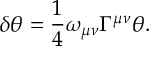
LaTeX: \delta \theta = \frac 1 4 \omega _ { \mu \nu } \Gamma ^ { \mu \nu } \theta .